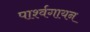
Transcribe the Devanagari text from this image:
पार्श्‍वगायन